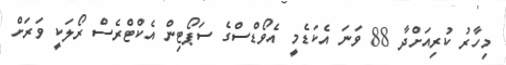
މިހާރު ކުރިއަށްދާ 88 ވަނަ އެކަޑެމީ އެވޯޑްސްގެ ސަޕޯޓިން އެކްޓްރެސް ރޯލަކީ ވަރަށް